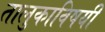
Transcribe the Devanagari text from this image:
तालुकाविषयी